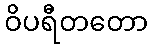
ဝိပရီတတော